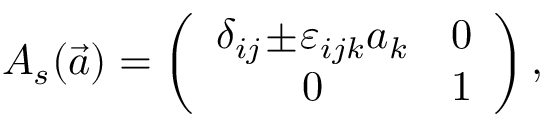
A _ { s } ( \vec { a } ) = \left( \begin{array} { c c } { { \delta _ { i j } \! \pm \! \varepsilon _ { i j k } a _ { k } } } & { { 0 } } \\ { { 0 } } & { { 1 } } \end{array} \right) ,